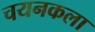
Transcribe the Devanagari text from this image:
चयनकला